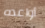
أواعده